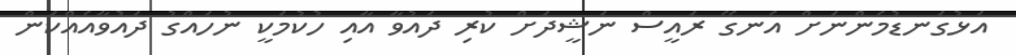
އަޅުގަނޑުމެންނަށް އެނގޭ ރައީސް ނަޝީދަށް ކުރި ދައުވާ އާއި ހުކުމަކީ ނުހައްގު ދައުވާއެއްކަން